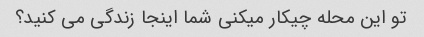
تو این محله چیکار میکنی شما اینجا زندگی می کنید؟